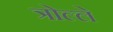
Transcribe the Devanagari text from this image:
त्रोल्ले